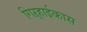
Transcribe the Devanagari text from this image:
गिऱ्हाईकास